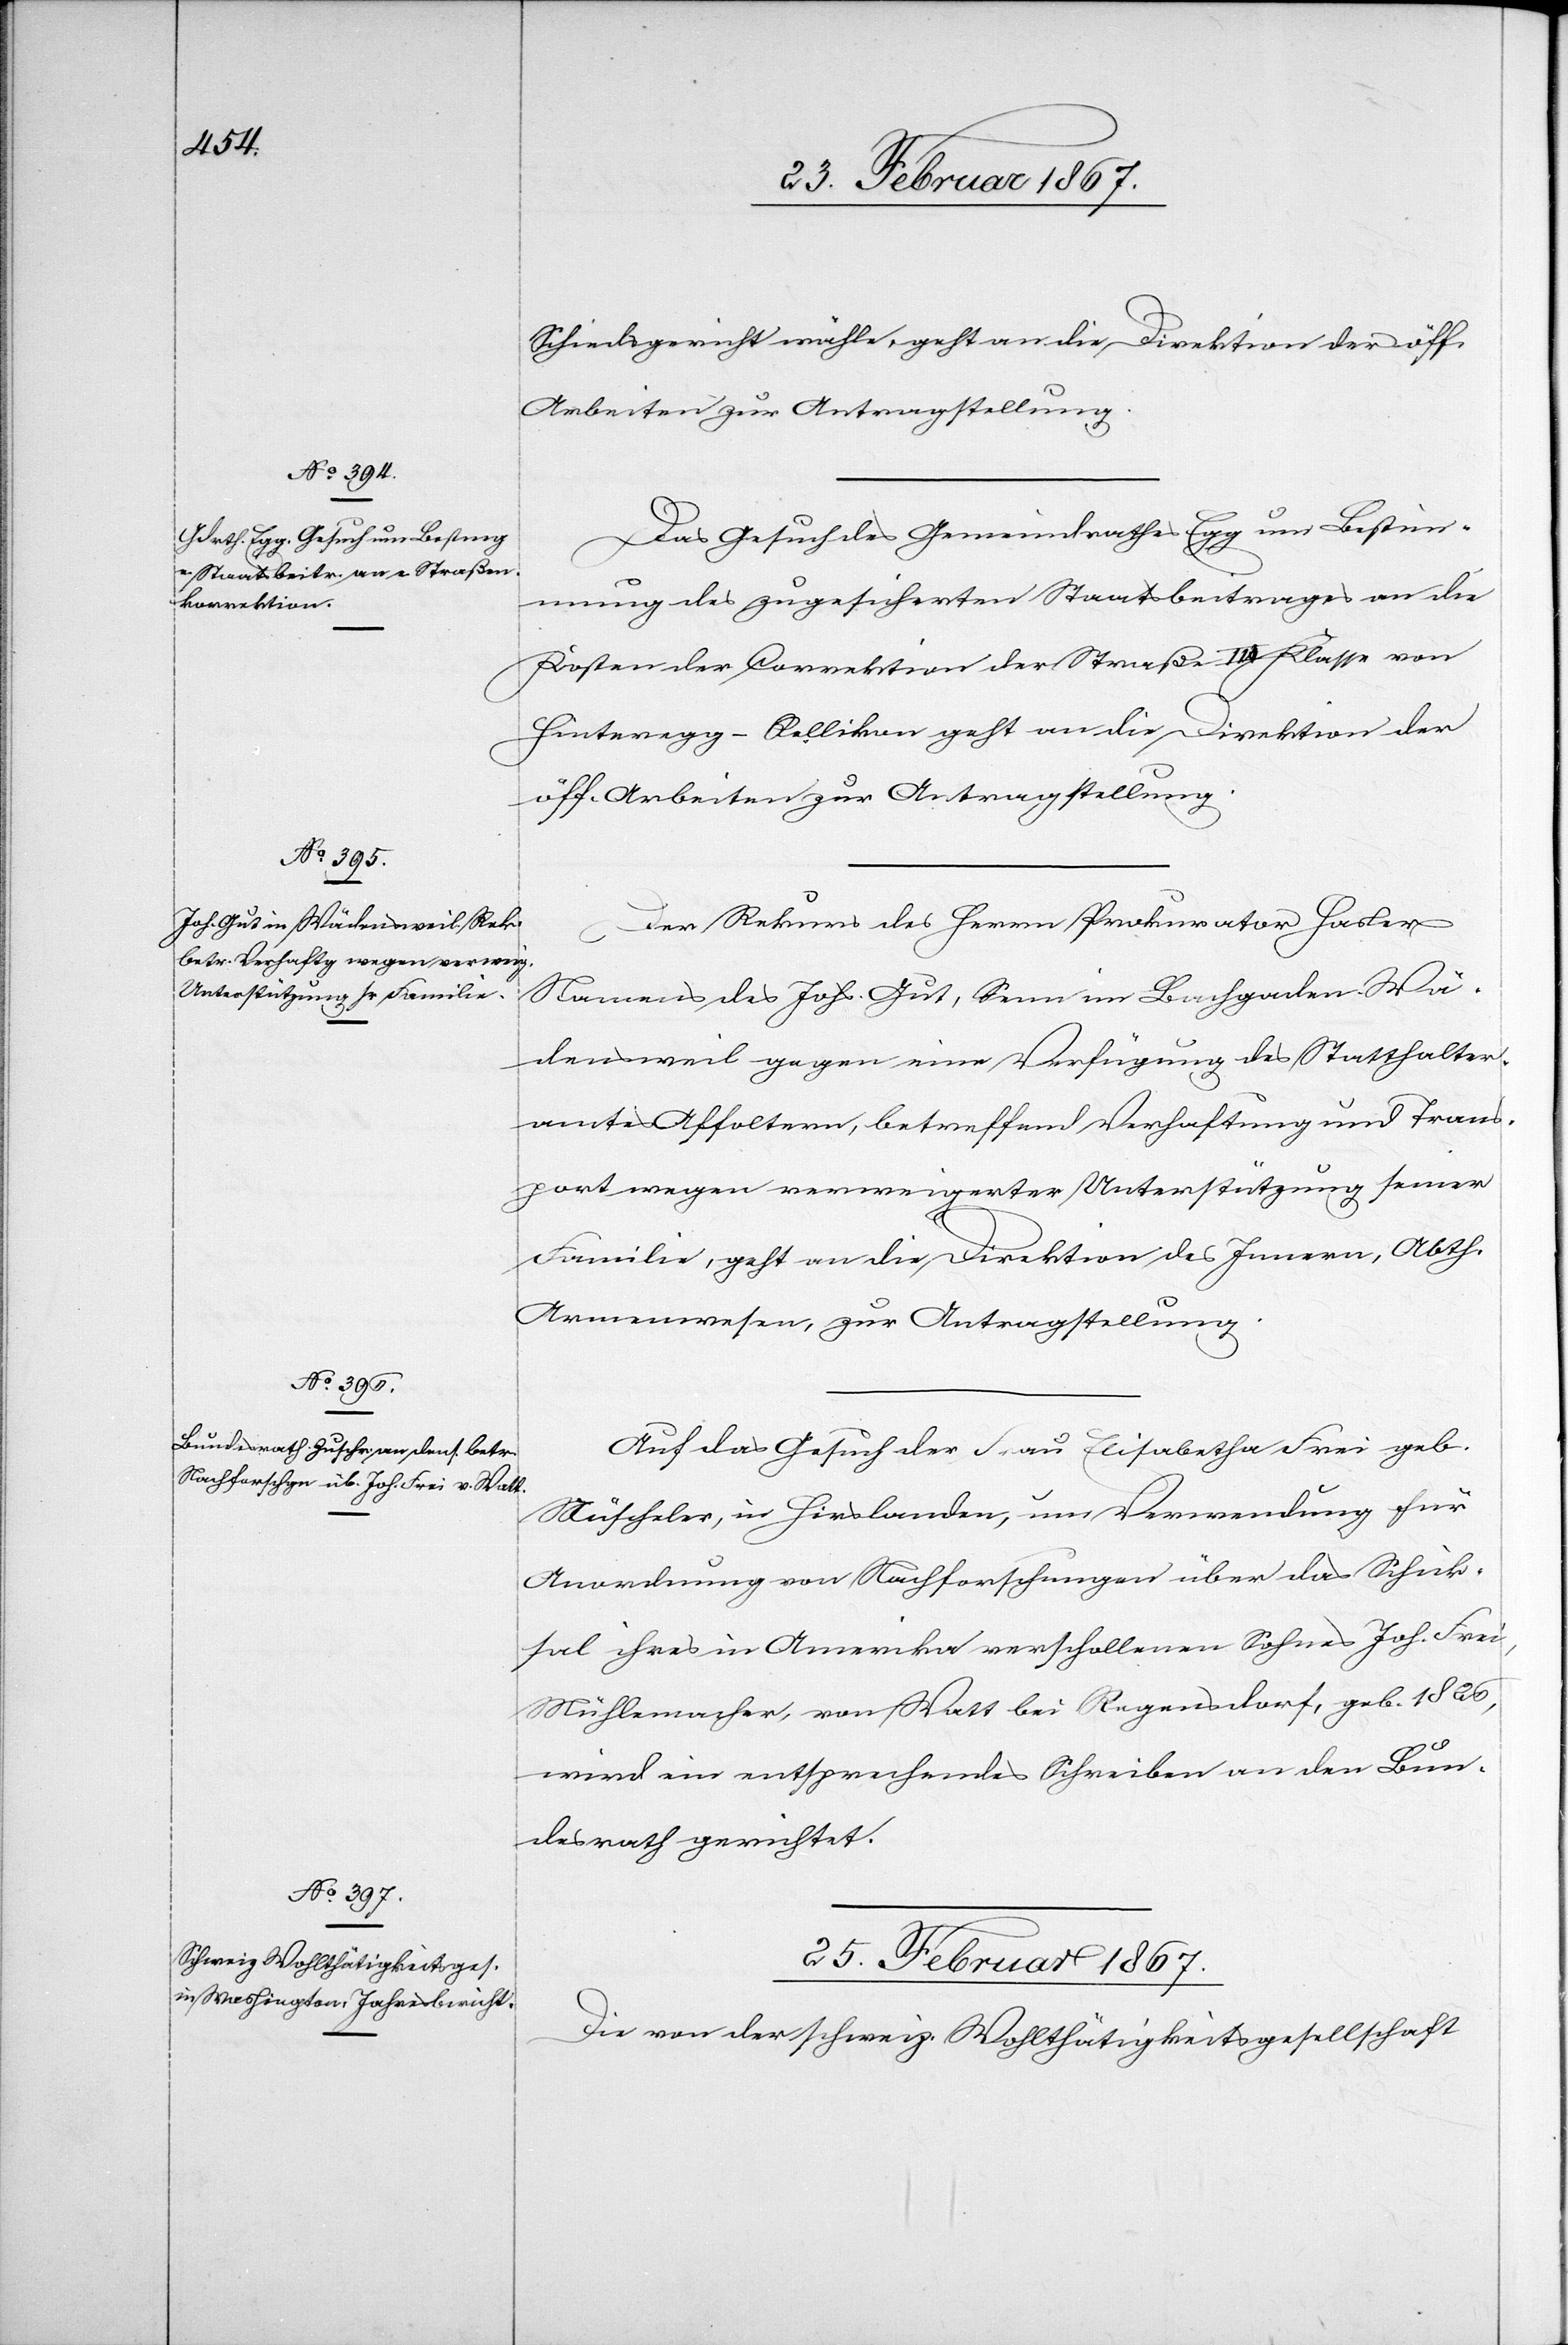
23. Februar 1867.]
Schiedsgericht wähle, geht an die Direktion der öff.
Arbeiten zur Antragstellung.
Das Gesuch des Gemeindrathes Egg um Bestim¬
mung des zugesicherten Staatsbeitrages an die
Kosten der Correktion der Straße III. Klasse von
Hinteregg-Rellikon geht an die Direktion der
öff. Arbeiten zur Antragstellung.
Der Rekurs des Herrn Prokurator Hasler
Namens des Johs. Gut, Senn im Bachgaden-Wä¬
densweil gegen eine Verfügung des Statthalter¬
amtes Affoltern, betreffend Verhaftung und Trans¬
port wegen verweigerter Unterstützung seiner
Familie, geht an die Direktion des Innern, Abth.
Armenwesen, zur Antragstellung.
Auf das Gesuch der Frau Elisabetha Frei geb.
Nüscheler, in Hirslanden, um Verwendung für
Anordnung von Nachforschungen über das Schick¬
sal ihres in Amerika verschollenen Sohnes Joh. Frei,
Mühlemacher, von Watt bei Regensdorf, geb. 1826,
wird ein entsprechendes Schreiben an den Bun¬
desrath gerichtet.
25. Februar 1867.
Die von der schweiz. Wohlthätigkeitsgesellschaft